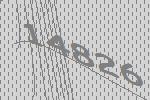
14826